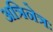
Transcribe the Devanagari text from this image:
अत्रिनेत्रः